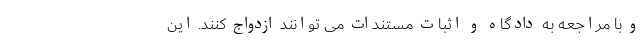
و با مراجعه به دادگاه و اثبات مستندات می توانند ازدواج کنند. این